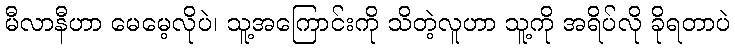
မီလာနီဟာ မေမေ့လိုပဲ၊ သူ့အကြောင်းကို သိတဲ့လူဟာ သူ့ကို အရိပ်လို ခိုရတာပဲ